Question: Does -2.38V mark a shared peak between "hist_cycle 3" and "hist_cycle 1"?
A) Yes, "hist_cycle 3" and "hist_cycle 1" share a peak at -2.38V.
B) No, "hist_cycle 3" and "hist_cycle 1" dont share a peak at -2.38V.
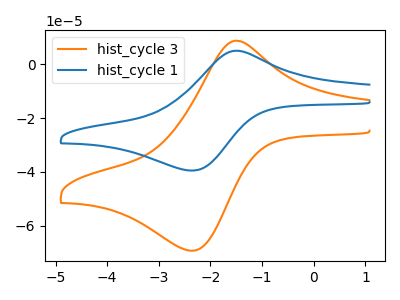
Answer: <think>The orange curve "hist_cycle 3" has an anodic peak at (-1.50V, 8.70uA) and a cathodic peak at (-2.40V, -69.25uA). The blue curve "hist_cycle 1" has an anodic peak at (-1.50V, 4.95uA) and a cathodic peak at (-2.40V, -39.50uA).</think>
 <answer>A) Yes, "hist_cycle 3" and "hist_cycle 1" share a peak at -2.38V.</answer>
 <eval>A</eval>